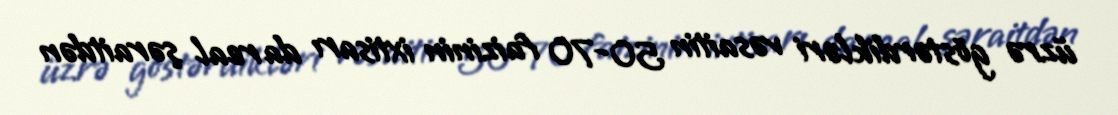
üzrə göstərdikləri vəsaitin 50-70 faizinin ixtisarı da real şəraitdən